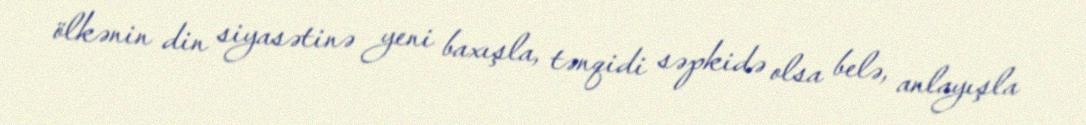
ölkənin din siyasətinə yeni baxışla, tənqidi səpkidə olsa belə, anlayışla